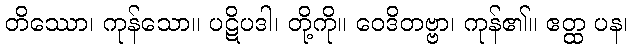
တိဿော၊ ကုန်သော။ ပဋိပဒါ၊ တို့ကို။ ဝေဒိတဗ္ဗာ၊ ကုန်၏။ ဧတ္ထ ပန၊